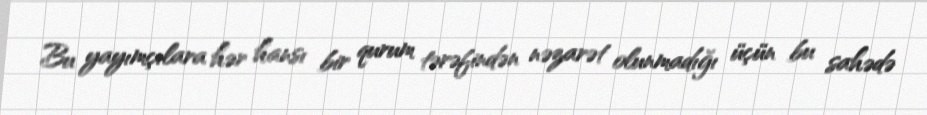
Bu yayımçılara hər hansı bir qurum tərəfindən nəzarət olunmadığı üçün bu sahədə